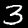
Label: 3